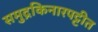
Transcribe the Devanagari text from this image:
समुद्रकिनारपट्टीत